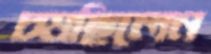
চষছিলেন